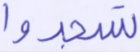
تسجدوا